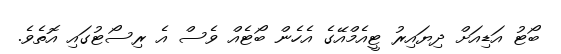
ބޯޓު އަޑިއަށް ދިޔައިރު ޓީއެމްއޭގެ އެހެން ބޯޓެއް ވެސް އެ ރިސޯޓުގައި އޮތެވެ.